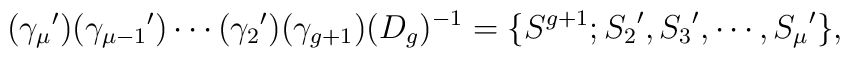
({\gamma_\mu}')({\gamma_{\mu-1}}')\cdots({\gamma_2}')(\gamma_{g+1})(D_g)^{-1}=\{S^{g+1};{S_2}',{S_3}',\cdots,{S_\mu}'\},